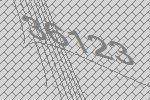
36123